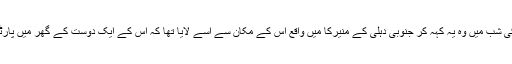
اتوار کی شب میں وہ یہ کہہ کر جنوبی دہلی کے منیرکا میں واقع اس کے مکان سے اسے لایا تھا کہ اس کے ایک دوست کے گھر میں پارٹی ہے۔